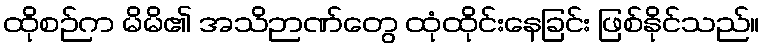
ထိုစဉ်က မိမိ၏ အသိဉာဏ်တွေ ထုံထိုင်းနေခြင်း ဖြစ်နိုင်သည်။